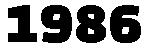
1986